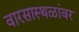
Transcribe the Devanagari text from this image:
वारसास्थळांवर